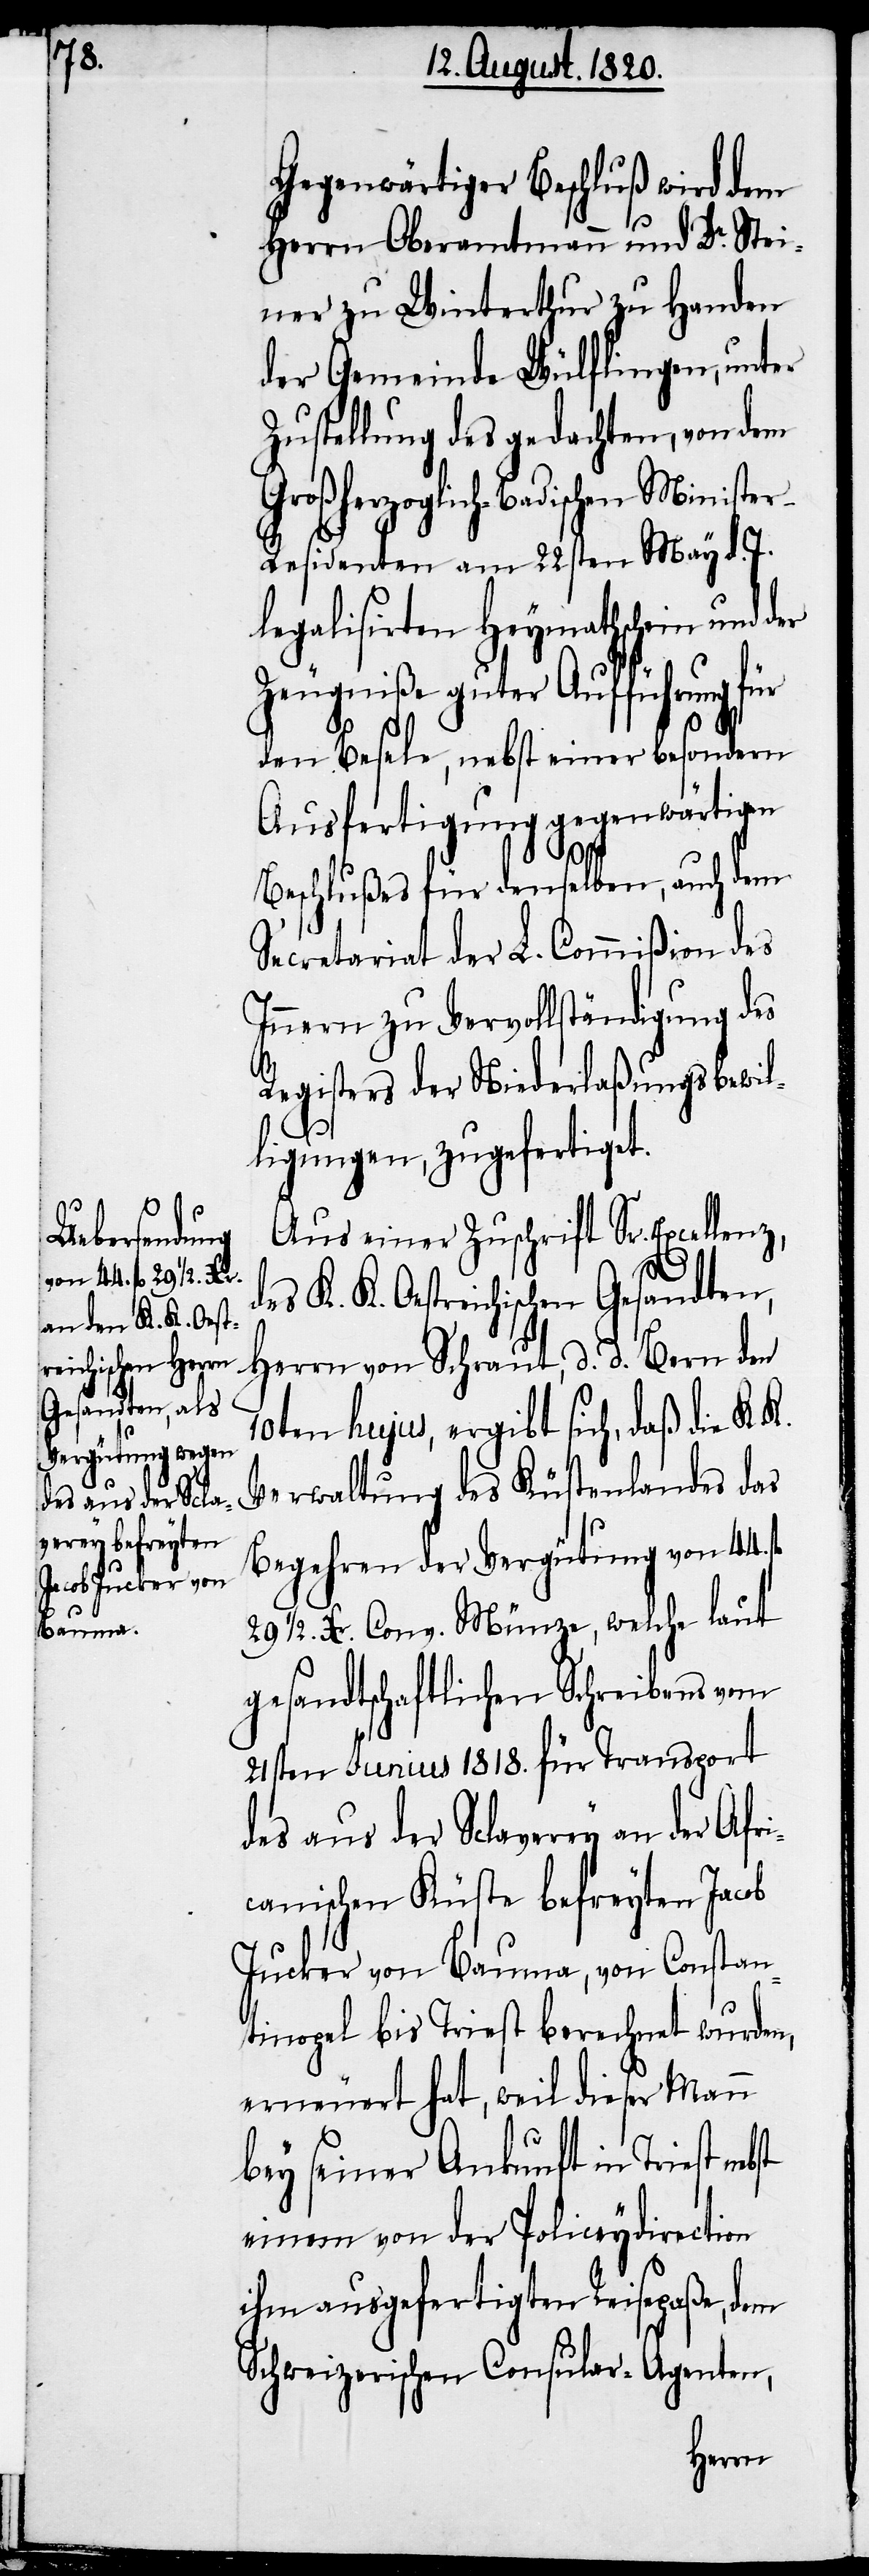
Aus einer Zuschrift Sr. Excellenz,
K. K. Oestreichischen Gesandten,
Herrn von Schraut, d. d. Bern den
10ten hujus, ergibt sich, daß die K. K.
Verwaltung des Küstenlandes das
Begehren der Vergütung von 44.
29 1/2. Xr. Conv. Münze, welche laut
gesandtschaftlichen Schreibens vom
21sten Junius 1818. für Transport
des aus der Sclaverey an der Afri¬
canischen Küste befreyten Jacob
Jucker von Bauma, von Constan¬
tinopel bis Triest berechnet wurden,
erneuert hat, weil dieser Mann
bey seiner Ankunft in Triest
einem von der Policeydirection
ihm ausgefertigten Reisepaße, dem
Schweizerischen Consular-Agenten,